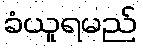
ခံယူရမည်